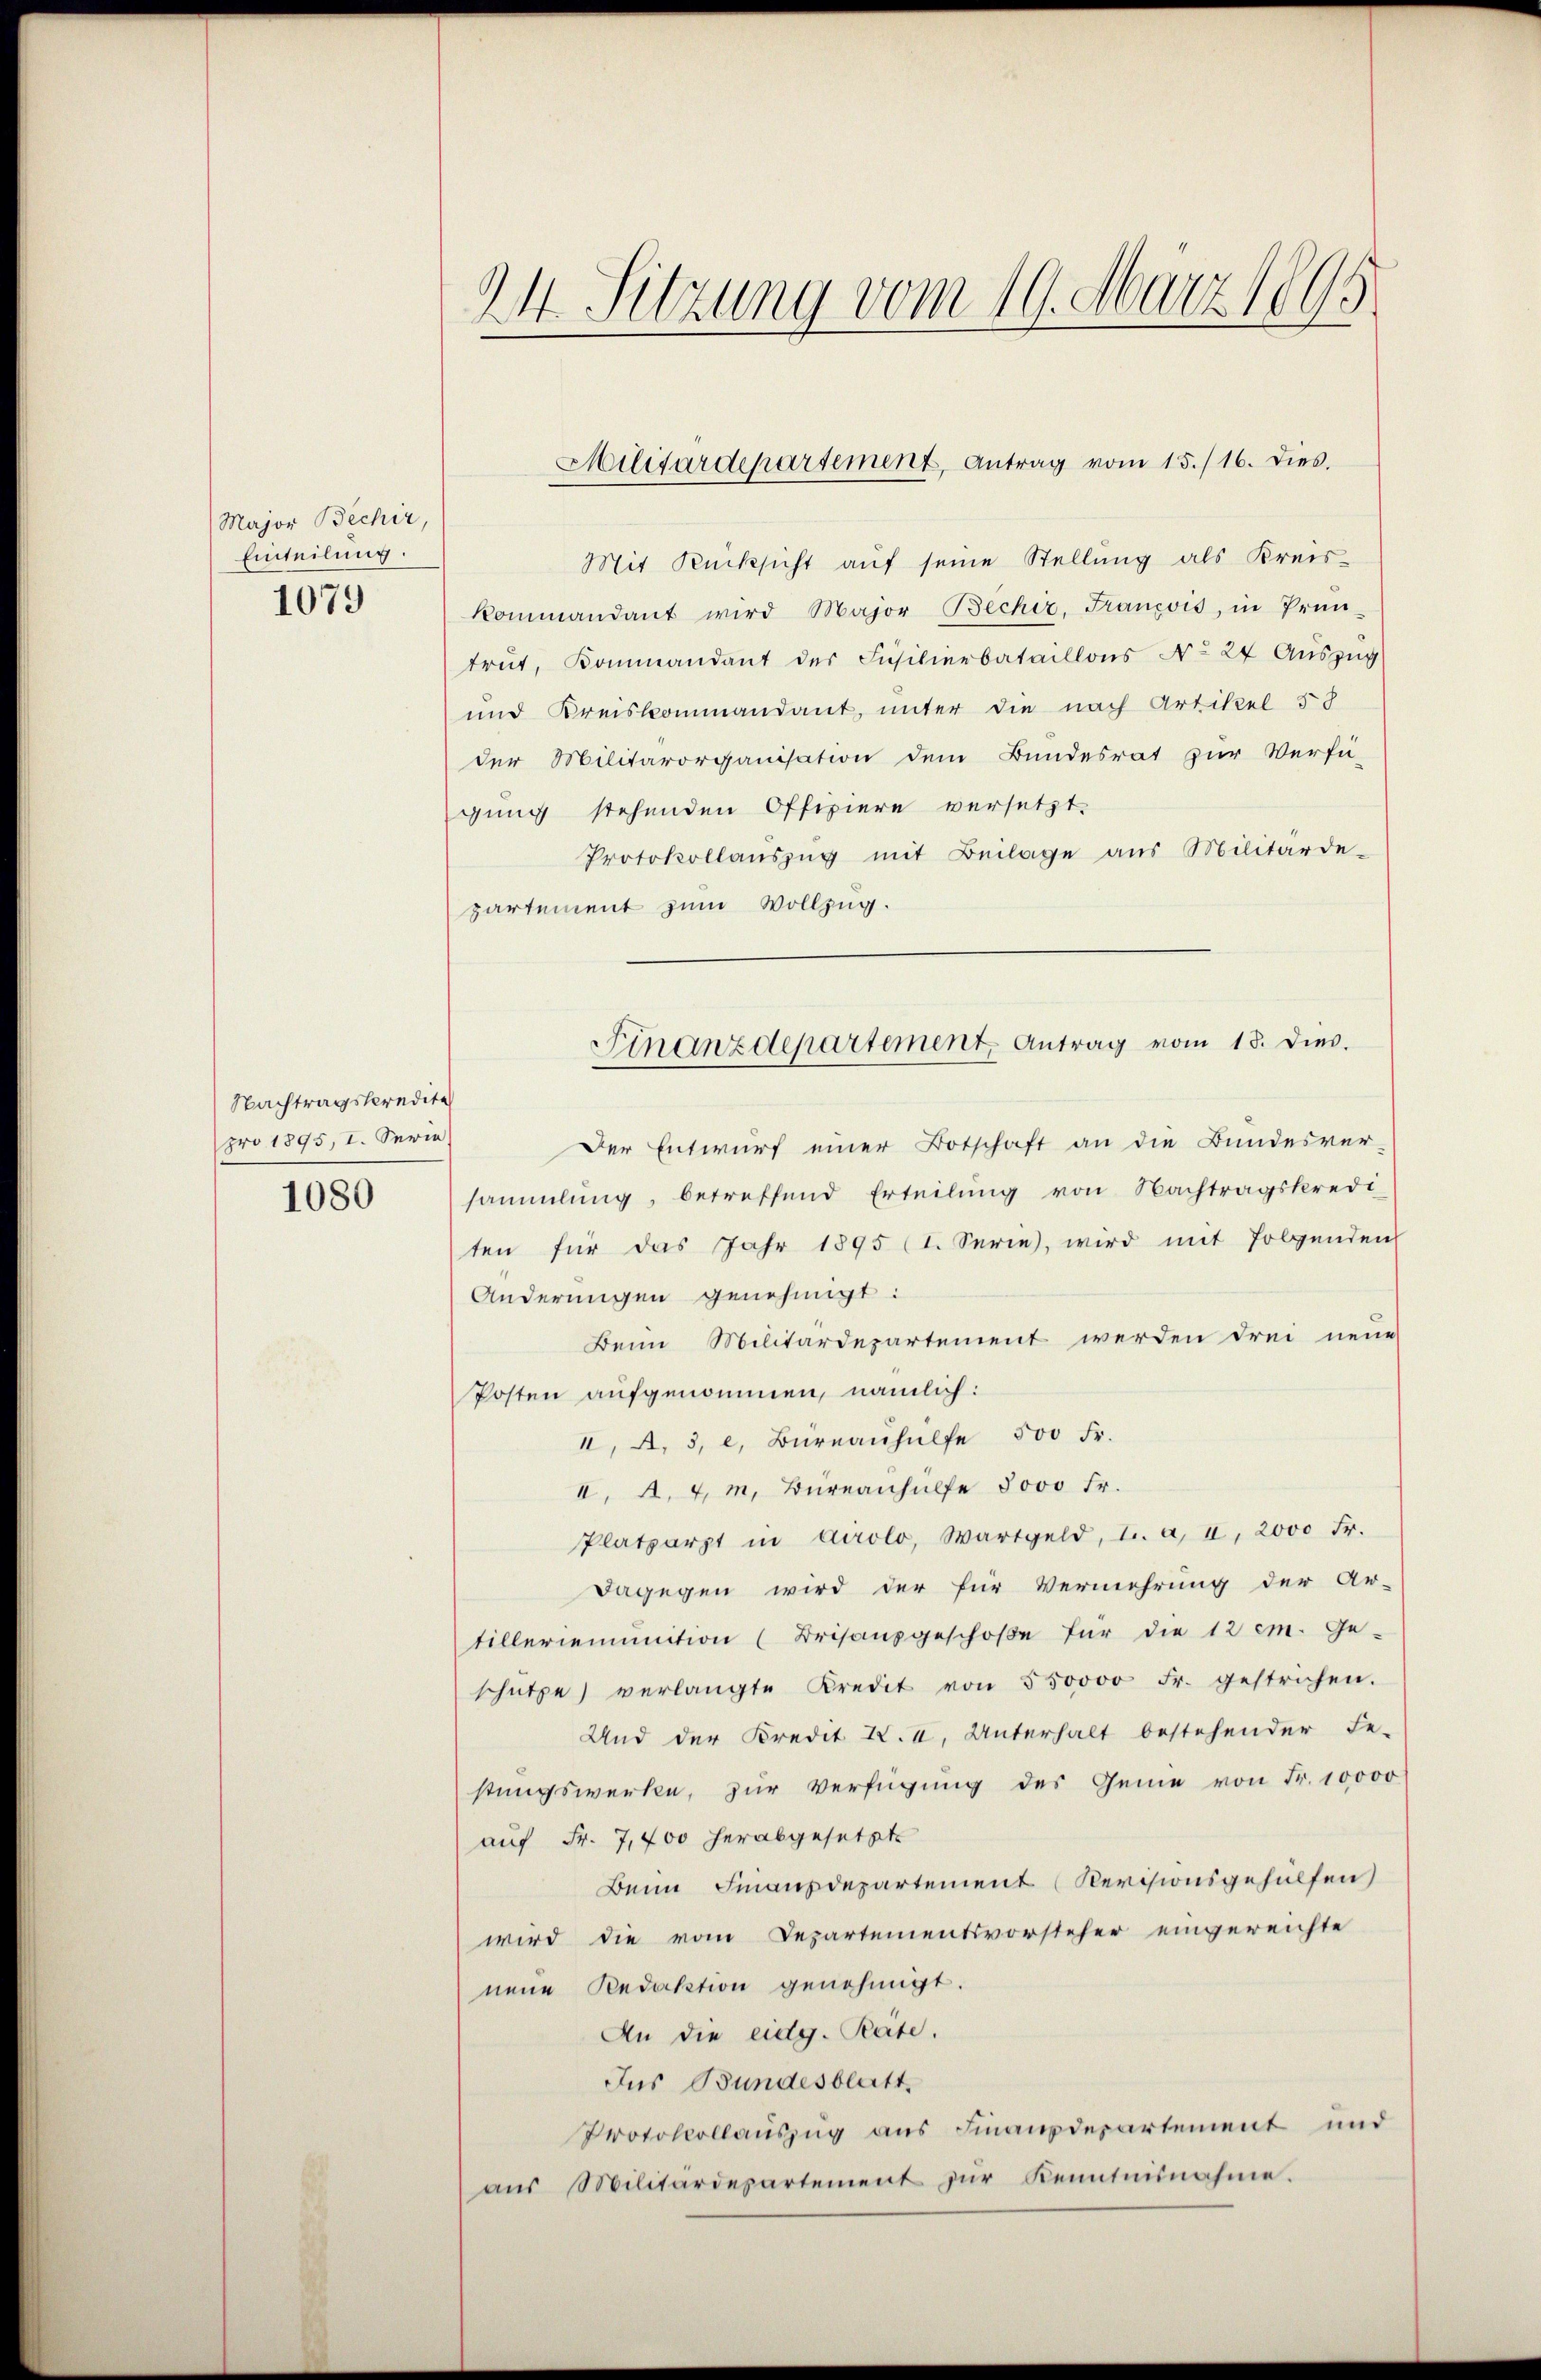
Major Bechir,
Einteilung.
1079

Nachtragskredite
pro 1895, I. Serie

1080

24. Sitzung vom 19. März 1891

Mit Rücksicht aŭf seine Stellŭng als Kreis-
kommandant wird Major Becher, Francois, in Prün-
trut, Kommandant des Füsilierbataillons No 24 Auszug
und Kreiskommandant, unter die nach Artikel 58
der Militärorganisation dem Bundesrat zur Verfü-
gung stehenden Offiziere versetzt.
Protokollaŭszŭg mit Beilage aus Militärde-
partement zum Vollzug.
Der Entwurf einer Botschaft an die Bundesver-
sammlung, betreffend Erteilŭng von Nachtragskredi
ten für das Jahr 1895 (I. Serie, wird mit folgenden
Änderungen genehmigt:
Beim Militärdepartement werden drei neue
Posten aufgenommen, nämlich:
II, A. 3, l. Büreaŭhülfe 500 Fr.
II. A. 4, m. Bureauhülfe 8000 Fr.
Platzarzt in Airolo, Wartgeld, u. a. a. 2000 Fr.
Dagegen wird der für Vermehrung der Ar-
tilleriemunition (Brisausgeschoße für die 12 cm. Ge-
schütze verlangte Kredit von 550000 Fr. gestrichen.
Und der Kredit I. a. Unterhalt bestehender Be-
stŭngswerken, zŭr Verfügŭng des Geme von Fr. 10000
auf Fr. 7,400 herabgesetzte
Beim Finanzdepartement (Revisionsgehülfen
wird die vom Departementsvorsteher eingereichte
neue Redaktion genehmigt.
An die eidg. Pate.
Ius Bundesblatt,
Protokollauszug aus Finanzdepartement und
aŭs Militärdepartement zur Kenntnisnahme.

Militärdepartement, Antrag vom 15./16. dies.

Finanzdepartement Antrag vom 18. dies.